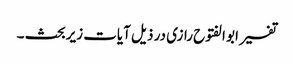
تفسیر ابو الفتوح رازی در ذیل آیات زیربحث ۔